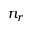
n _ { r }